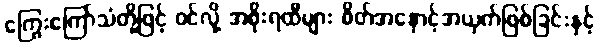
ကြွေးကြော်သံတို့ဖြင့် ဝင်လို့ အစိုးရထီများ စိတ်အနှောင့်အယှက်ဖြစ်ခြင်းနှင့်